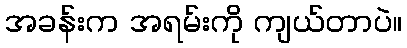
အခန်းက အရမ်းကို ကျယ်တာပဲ။